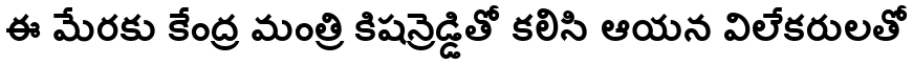
ఈ మేరకు కేంద్ర మంత్రి కిషన్రెడ్డితో కలిసి ఆయన విలేకరులతో